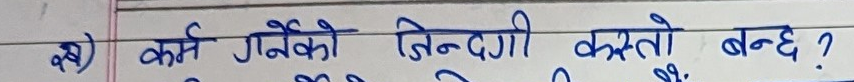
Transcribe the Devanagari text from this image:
कर्म गर्नेको जिन्दगी कस्तो बन्छ ?